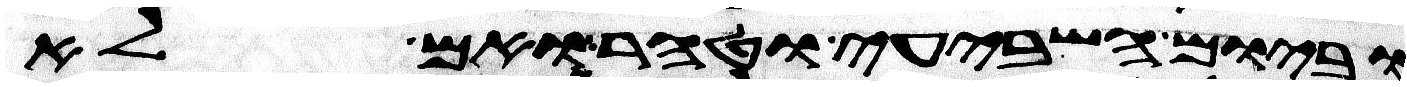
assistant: וביום השביעי וטהר ואם לא